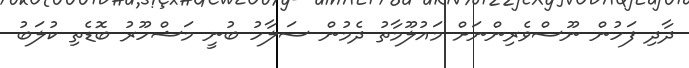
ދާދި ފަހުން ނޫސްވެރިންނަށް މައުލޫމާތު ދެމުން ސަލާހު ބުނީ މަޝްހޫރު ބޮޑެތި ކުލަބު